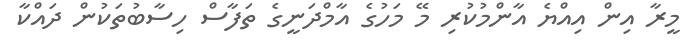
މީރާ އިން އިއްޔެ އާންމުކުރި މޭ މަހުގެ އާމްދަނީގެ ތަފާސް ހިސާބުތަކުން ދައްކާ